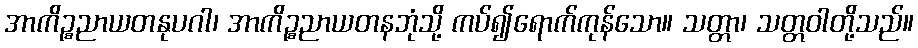
အာကိဉ္စညာယတနုပဂါ၊ အာကိဉ္စညာယတနဘုံသို့ ကပ်၍ရောက်ကုန်သော။ သတ္တာ၊ သတ္တဝါတို့သည်။